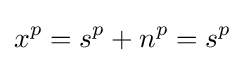
x^{p}=s^{p}+n^{p}=s^{p}